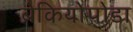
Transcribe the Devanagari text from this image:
ब्रेकियोपोडा